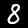
Label: 8